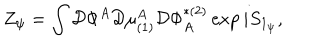
Z _ { \psi } = \int { \cal D } \Phi ^ { A } { \cal D } \mu _ { ( 1 ) } ^ { A } { \cal D } \Phi _ { A } ^ { * ( 2 ) } \exp i S _ { 1 _ { \psi } } ,